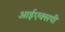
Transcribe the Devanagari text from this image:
आईएक्सपी